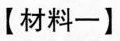
【材料一】